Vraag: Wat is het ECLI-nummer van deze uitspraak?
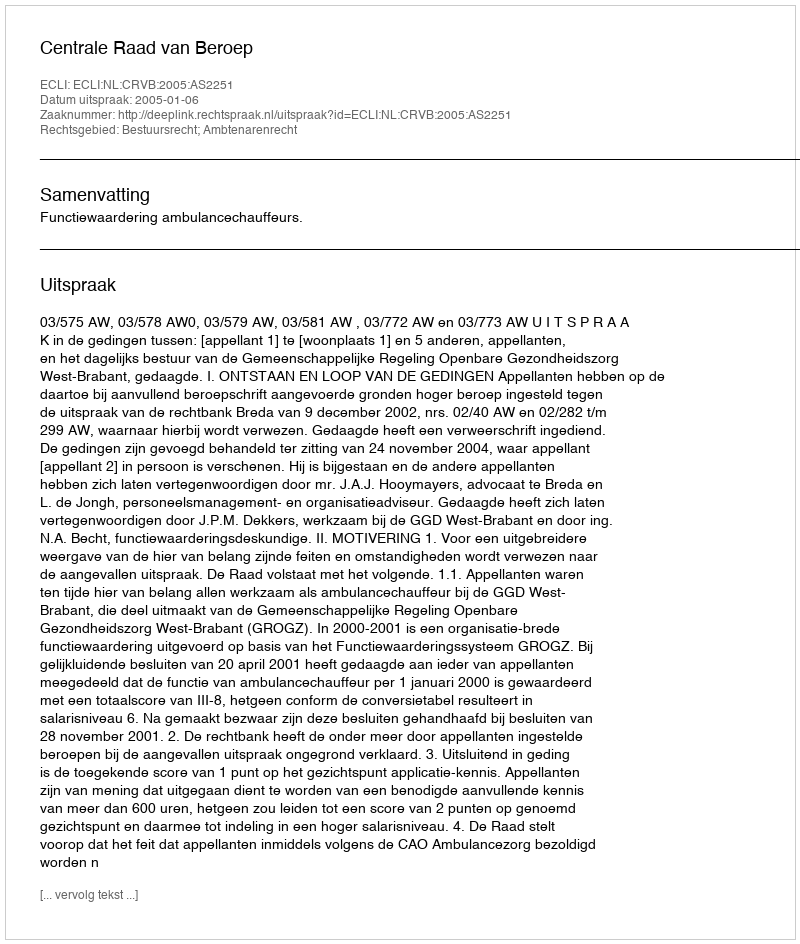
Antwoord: ECLI:NL:CRVB:2005:AS2251